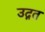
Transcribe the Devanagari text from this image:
उद्गत